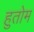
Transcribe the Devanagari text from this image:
हुतोम